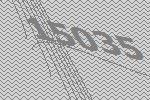
15035